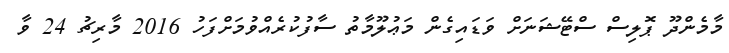
މާމެންދޫ ޕޮލިސް ސްޓޭޝަނަށް ވަޑައިގެން މަޢުލޫމާތު ސާފުކުރެއްވުމަށްފަހު 2016 މާރިޗު 24 ވާ